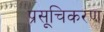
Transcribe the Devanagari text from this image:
प्रसूचिकरण